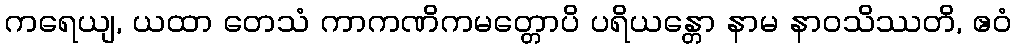
ကရေယျ, ယထာ တေသံ ကာကဏိကမတ္တောပိ ပရိယန္တော နာမ နာဝသိဿတိ, ဧဝံ